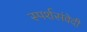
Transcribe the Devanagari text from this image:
स्पर्शसंवेदी